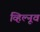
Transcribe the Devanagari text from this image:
व्हिल्नूव